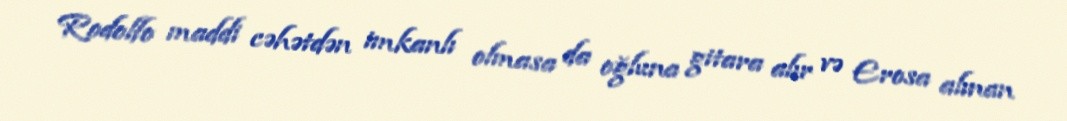
Rodolfo maddi cəhətdən imkanlı olmasa da oğluna gitara alır və Erosa alınan